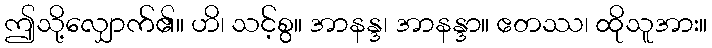
ဤသို့လျှောက်၏။ ဟိ၊ သင့်စွ။ အာနန္ဒ၊ အာနန္ဒာ။ ဧတဿ၊ ထိုသူအား။